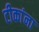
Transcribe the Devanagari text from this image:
टीकांना